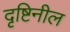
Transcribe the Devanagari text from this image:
दृष्टिनील